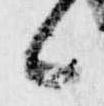
候